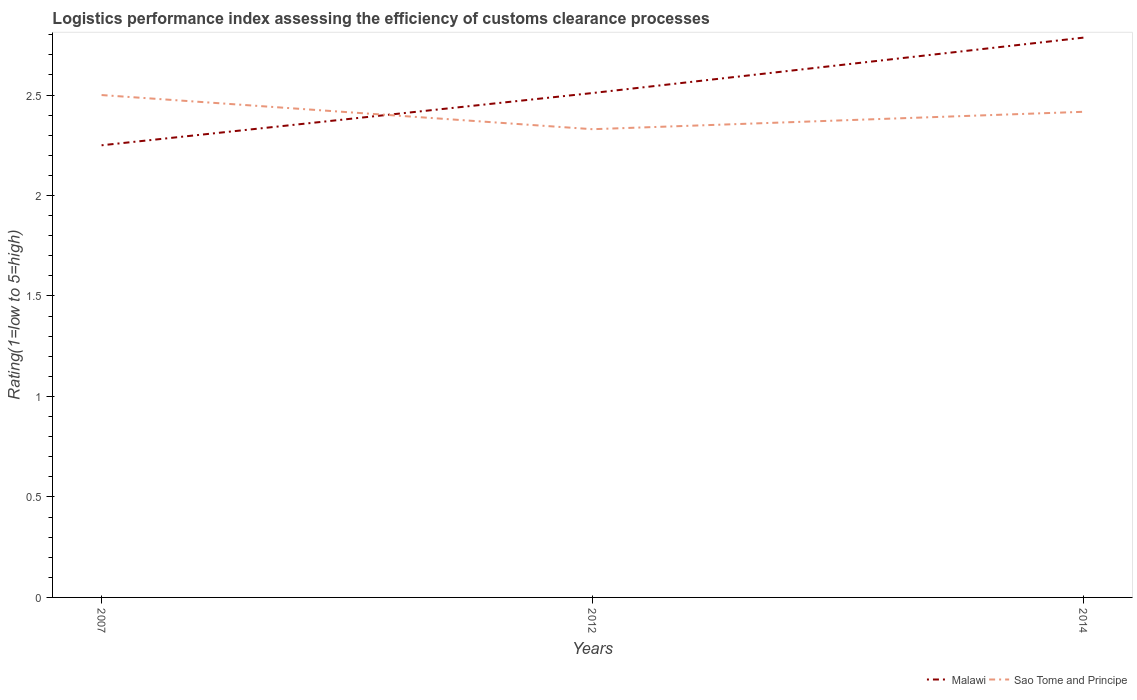
| Years | Malawi | Sao Tome and Principe |
 | --- | --- | --- |
 | 2007 | 2.25 | 2.5 |
 | 2012 | 2.51 | 2.33 |
 | 2014 | 2.79 | 2.42 |